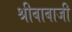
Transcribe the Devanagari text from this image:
श्रीबाबाजी